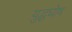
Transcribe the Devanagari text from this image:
युद्धघोष